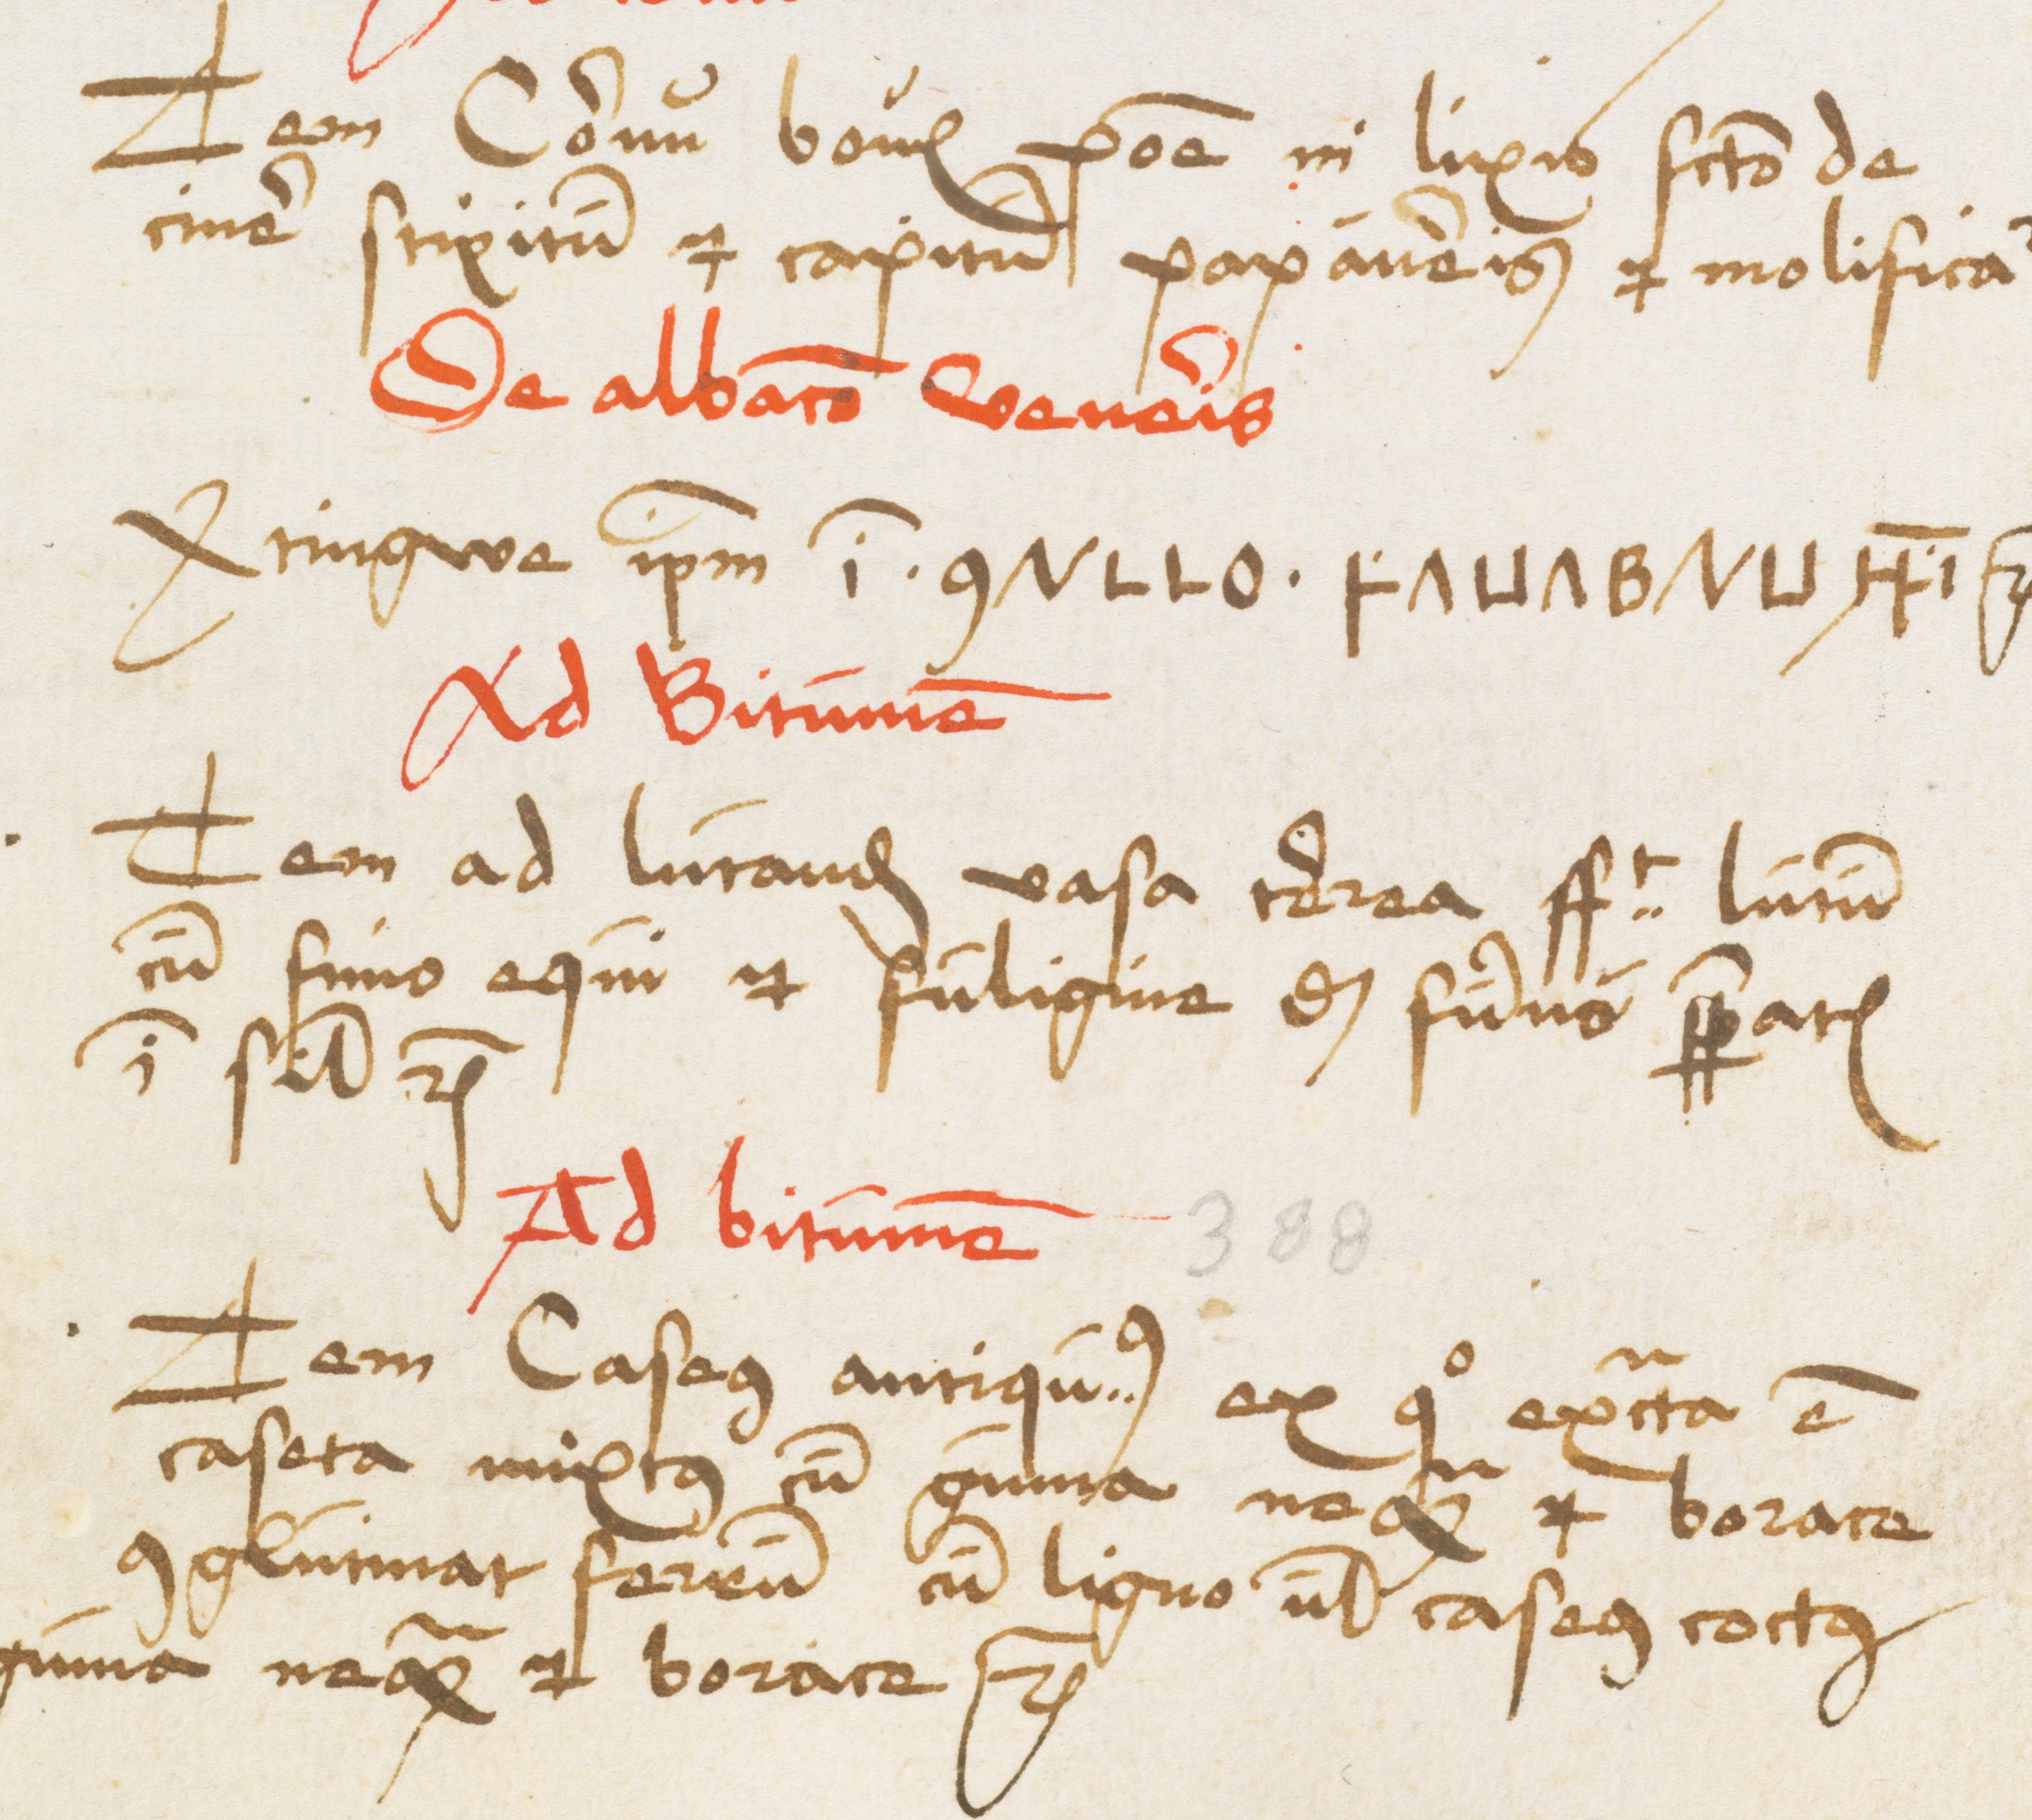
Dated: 1485–1515